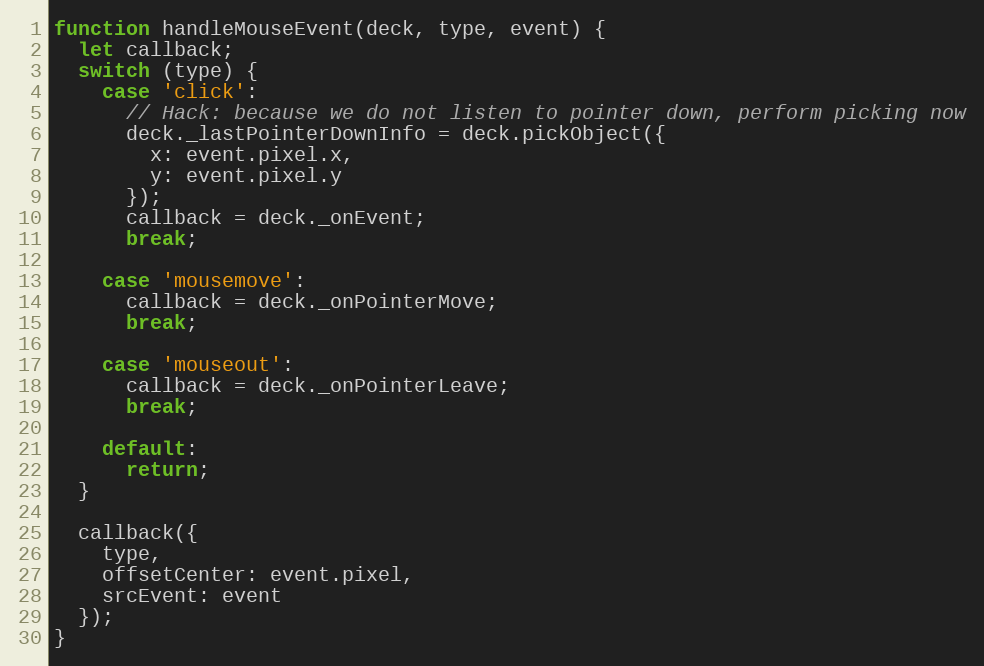
Language: JavaScript
function handleMouseEvent(deck, type, event) {
  let callback;
  switch (type) {
    case 'click':
      // Hack: because we do not listen to pointer down, perform picking now
      deck._lastPointerDownInfo = deck.pickObject({
        x: event.pixel.x,
        y: event.pixel.y
      });
      callback = deck._onEvent;
      break;

    case 'mousemove':
      callback = deck._onPointerMove;
      break;

    case 'mouseout':
      callback = deck._onPointerLeave;
      break;

    default:
      return;
  }

  callback({
    type,
    offsetCenter: event.pixel,
    srcEvent: event
  });
}